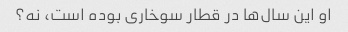
او این سال‌ها در قطار سوخاری بوده است، نه؟